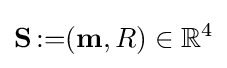
\mathbf {S} \operatorname {\text{:=}} (\mathbf {m} ,R)\in \mathbb {R} ^{4}